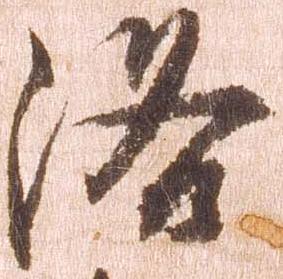
洛